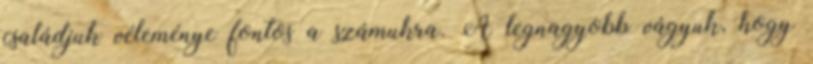
családjuk véleménye fontos a számukra. A legnagyobb vágyuk, hogy